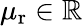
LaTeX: \mu_{\mathrm{r}}\in\mathbb{R}